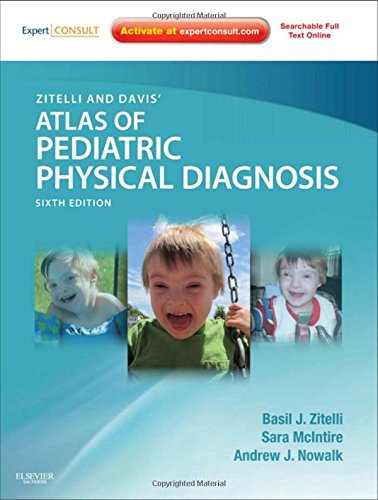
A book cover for Zitelli and Davis' Atlas of Pediatric Physical Diagnosis: Expert Consult - Online and Print, 6e (Zitelli, Atlas of Pediatric Physical Diagnosis); Basil J. Zitelli MD; Medical Books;